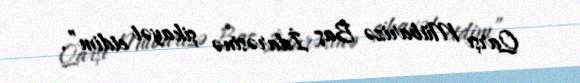
Qarşı Mübarizə Baş İdarəsinə şikayət etdim”.